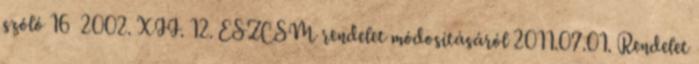
szóló 16 2002. XII. 12. ESZCSM rendelet módosításáról 2011.07.01. Rendelet